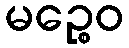
မဉ္စေဝ